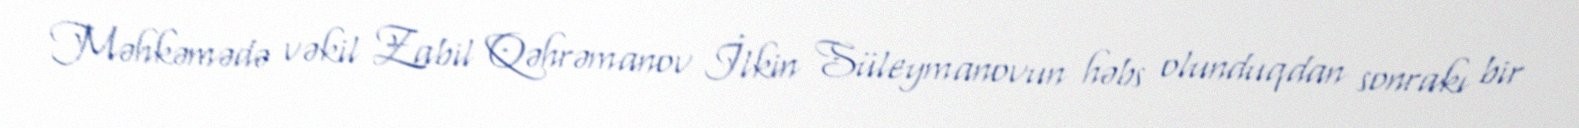
Məhkəmədə vəkil Zabil Qəhrəmanov İlkin Süleymanovun həbs olunduqdan sonrakı bir